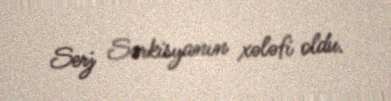
Serj Sərkisyanın xələfi oldu.